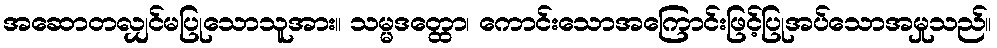
အဆောတလျှင်မပြုသောသူအား။ သမ္မဒတ္ထော၊ ကောင်းသောအကြောင်းဖြင့်ပြုအပ်သောအမှုသည်။